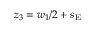
z _ { 3 } = w _ { 1 } / 2 + s _ { \mathrm { E } }